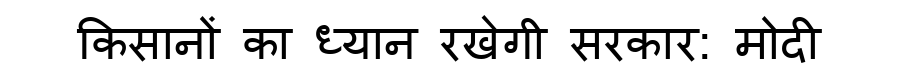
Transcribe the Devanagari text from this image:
किसानों का ध्यान रखेगी सरकार: मोदी